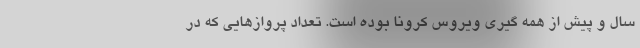
سال و پیش از همه گیری ویروس کرونا بوده است. تعداد پروازهایی که در